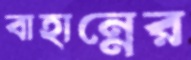
বাহান্নের